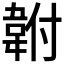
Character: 𩎠